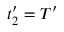
t _ { 2 } ^ { \prime } = T ^ { \prime }